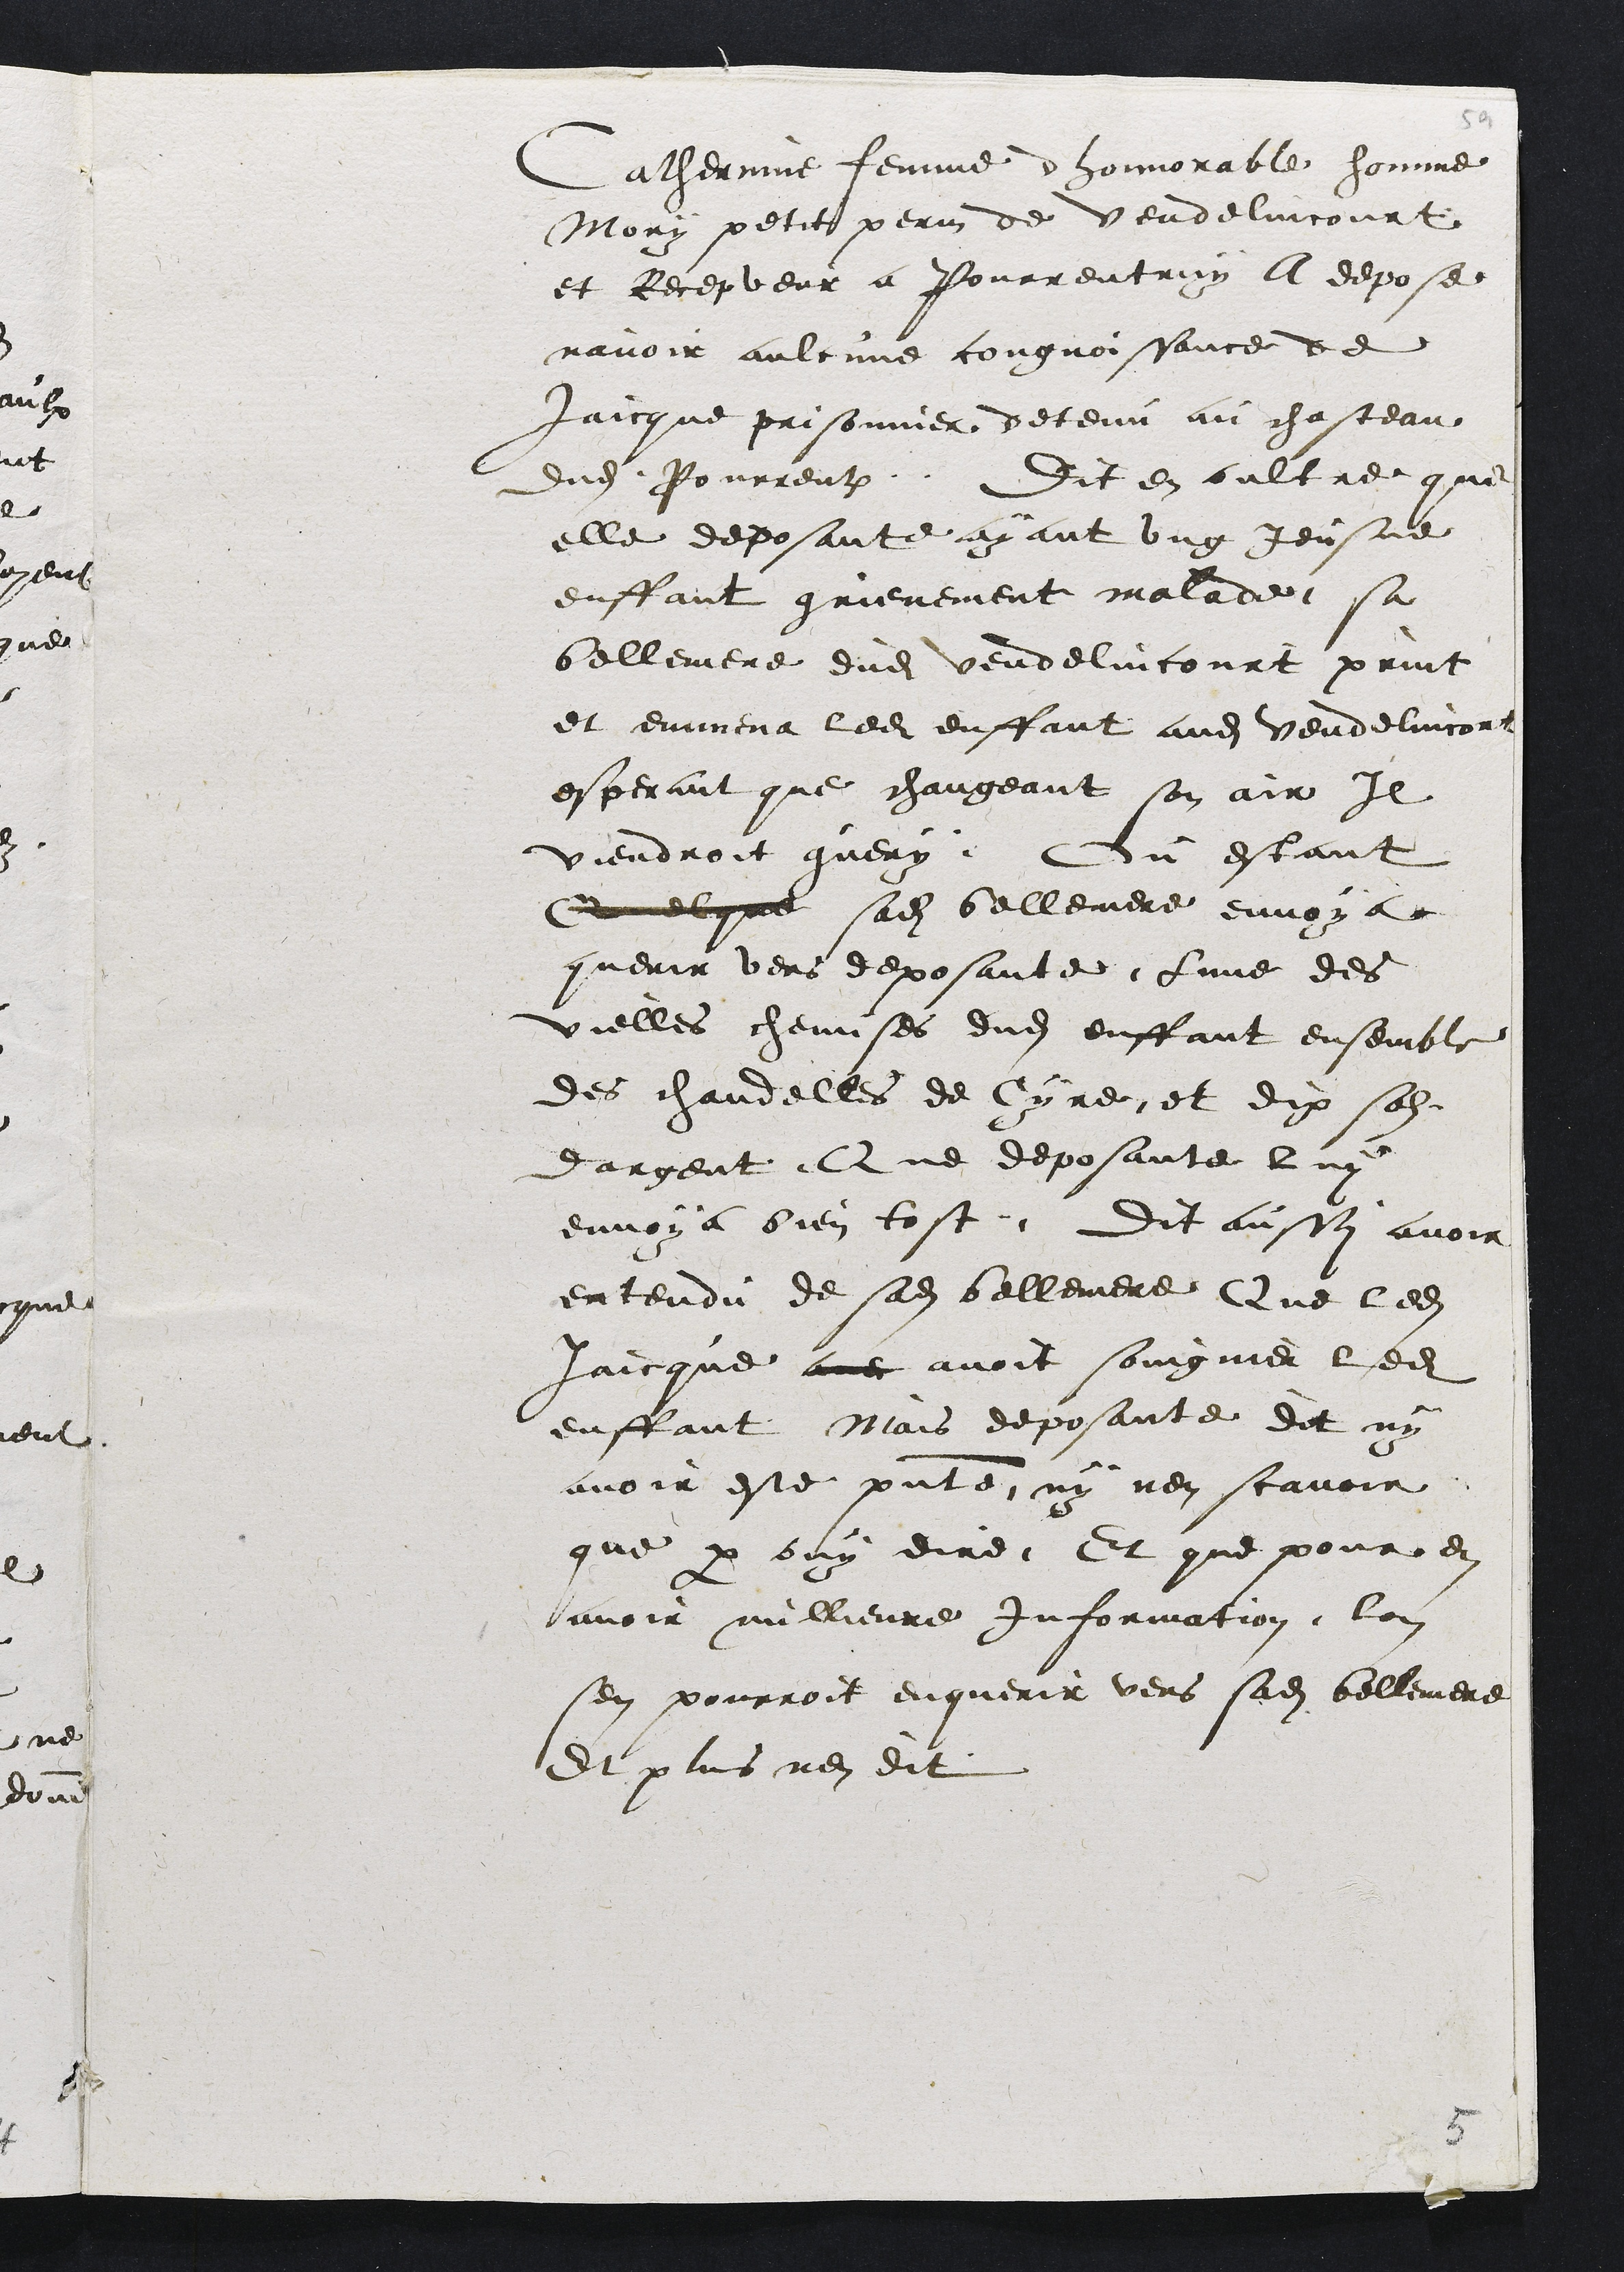
Catherine femme honnorable homme
Mory petit perin de Vendelincourt
et Recepveur a Pourrentruy a depose
navoir aulcune congnoissance de
Jaicque prisonnier detenu au chasteau
dudit Pourrentruy. Dit en oultre que
elle deposante ayant ung Jeusne
enffant grievement malade sa
bellemene dudit Vendelincourt print
et emmena ledit enffant audit Vendelincort
esperant que changeant son air Il
viendroit guery. Ou estant
Qelque sadite bellemere envoya
querir vers deposante lune des
vielles chemises dudit enffant ensemble
des chandelles de Cyre et dix solz
dargent, Que deposante luy
envoya bien tost. Dit aussy avoir
entendu de sadite bellemere Que ledit
Jaicque avec avoit soingnier ledit
enffant Mais deposante dit ny
avoir este presente ny nen scavoir
que par ouy dire Et que pour en
avoir millieure information lon
sen pourroit enquerir vers sadite bellemere
Et plus nen dit